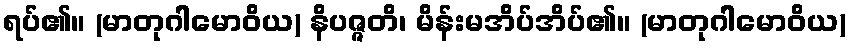
ရပ်၏။ (မာတုဂါမောဝိယ) နိပဇ္ဇတိ၊ မိန်းမအိပ်အိပ်၏။ (မာတုဂါမောဝိယ)